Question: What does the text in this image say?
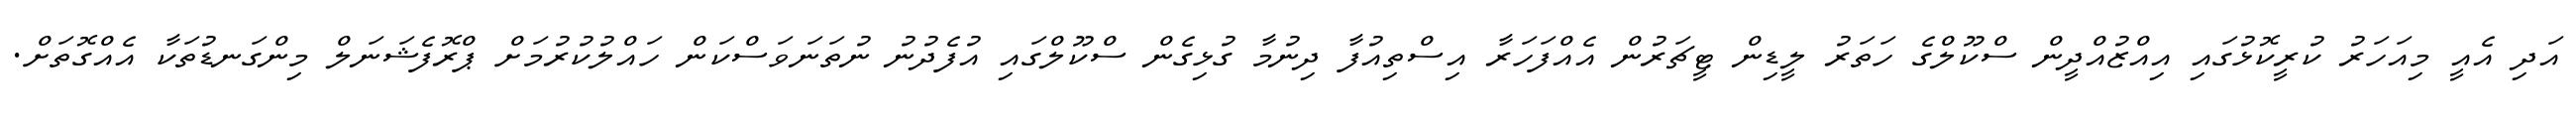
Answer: އަދި އެއީ މިއަހަރު ކުރީކޮޅުގައި އިއްޒުއްދީން ސްކޫލްގެ ހަތަރު ލީޑިން ޓީޗަރުން އެއްފަހަރާ އިސްތިއުފާ ދިނުމާ ގުޅިގެން ސްކޫލްގައި އުފެދުނު ނުތަނަވަސްކަން ހައްލުކުރުމަށް ޕްރޮފެޝަނަލް މިންގަނޑުތަކާ އެއްގޮތަށް.